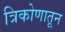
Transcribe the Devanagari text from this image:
त्रिकोणातून